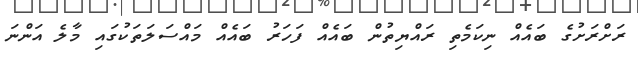
ރަށްރަށުގެ ބައެއް ނިކަމެތި ރައްޔިތުން ބައެއް ފަހަރު ބައެއް މައްސަލަތަކުގައި މާލެ އަންނަ